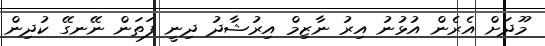
މޫދަށް އެރެން އުޅުނު އިރު ނާޒިމް އިރުޝާދު ދިނީ ފަތަން ނޭނގޭ ކުދިން